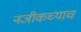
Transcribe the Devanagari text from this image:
नजीकच्याच